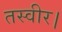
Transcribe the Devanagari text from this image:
तस्वीर।